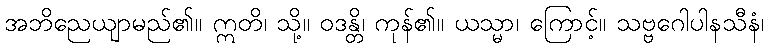
အဘိညေယျာမည်၏။ ဣတိ၊ သို့။ ဝဒန္တိ၊ ကုန်၏။ ယသ္မာ၊ ကြောင့်။ သဗ္ဗဂေါပါနသီနံ၊